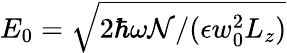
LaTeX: E_{0}=\sqrt{2\hbar\omega{\cal N}/(\epsilon w_{0}^{2}L_{z})}